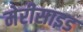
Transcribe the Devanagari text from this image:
मेरीसाइड